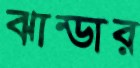
ঝান্ডার